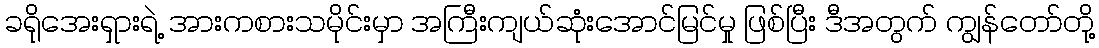
ခရိုအေးရှားရဲ့ အားကစားသမိုင်းမှာ အကြီးကျယ်ဆုံးအောင်မြင်မှု ဖြစ်ပြီး ဒီအတွက် ကျွန်တော်တို့